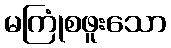
မကြုံစဖူးသော